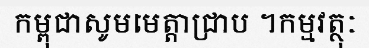
កម្ពុជាសូមមេត្តាជ្រាប ។កម្មវត្ថុៈ